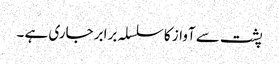
پشت سے آواز کا سلسلہ برابر جاری ہے ۔